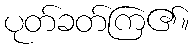
ပုတ်ခတ်ကြ၏။